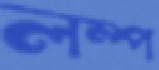
লম্প